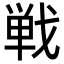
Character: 戦